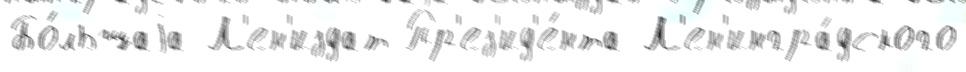
Бо́льшаjа Л'ен'издат Пр'ез'ид'е́нта Л'ен'ингра́дского